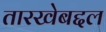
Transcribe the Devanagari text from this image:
तारखेबद्दल